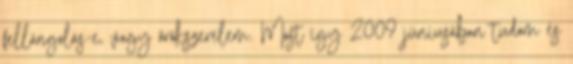
fellángolás-e, vagy örökszerelem. Most így 2009 júniusában tudom és